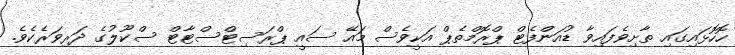
ހޮހޮޅައިގައި ތާށިވެފައިވާ ޑުއަންފެޓް ޕްރޮމްތެޕް އަކީވެސް މައޭ ސައީ ޕްރަސިޓްސްޓާޓް ސްކޫލުގެ ދަރިވަރެކެވެ.